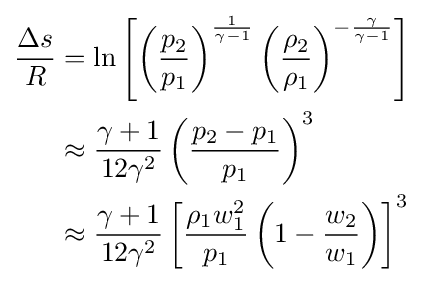
{\begin{aligned}{\frac {\Delta s}{R}}&=\ln \left[\left({\frac {p_{2}}{p_{1}}}\right)^{\frac {1}{\gamma -1}}\left({\frac {\rho _{2}}{\rho _{1}}}\right)^{-{\frac {\gamma }{\gamma -1}}}\right]\\&\approx {\frac {\gamma +1}{12\gamma ^{2}}}\left({\frac {p_{2}-p_{1}}{p_{1}}}\right)^{3}\\&\approx {\frac {\gamma +1}{12\gamma ^{2}}}\left[{\frac {\rho _{1}w_{1}^{2}}{p_{1}}}\left(1-{\frac {w_{2}}{w_{1}}}\right)\right]^{3}\end{aligned}}